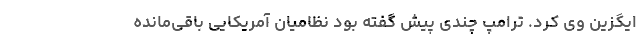
ایگزین وی کرد. ترامپ چندی پیش گفته بود نظامیان آمریکایی باقی‌مانده